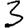
Digit: 3